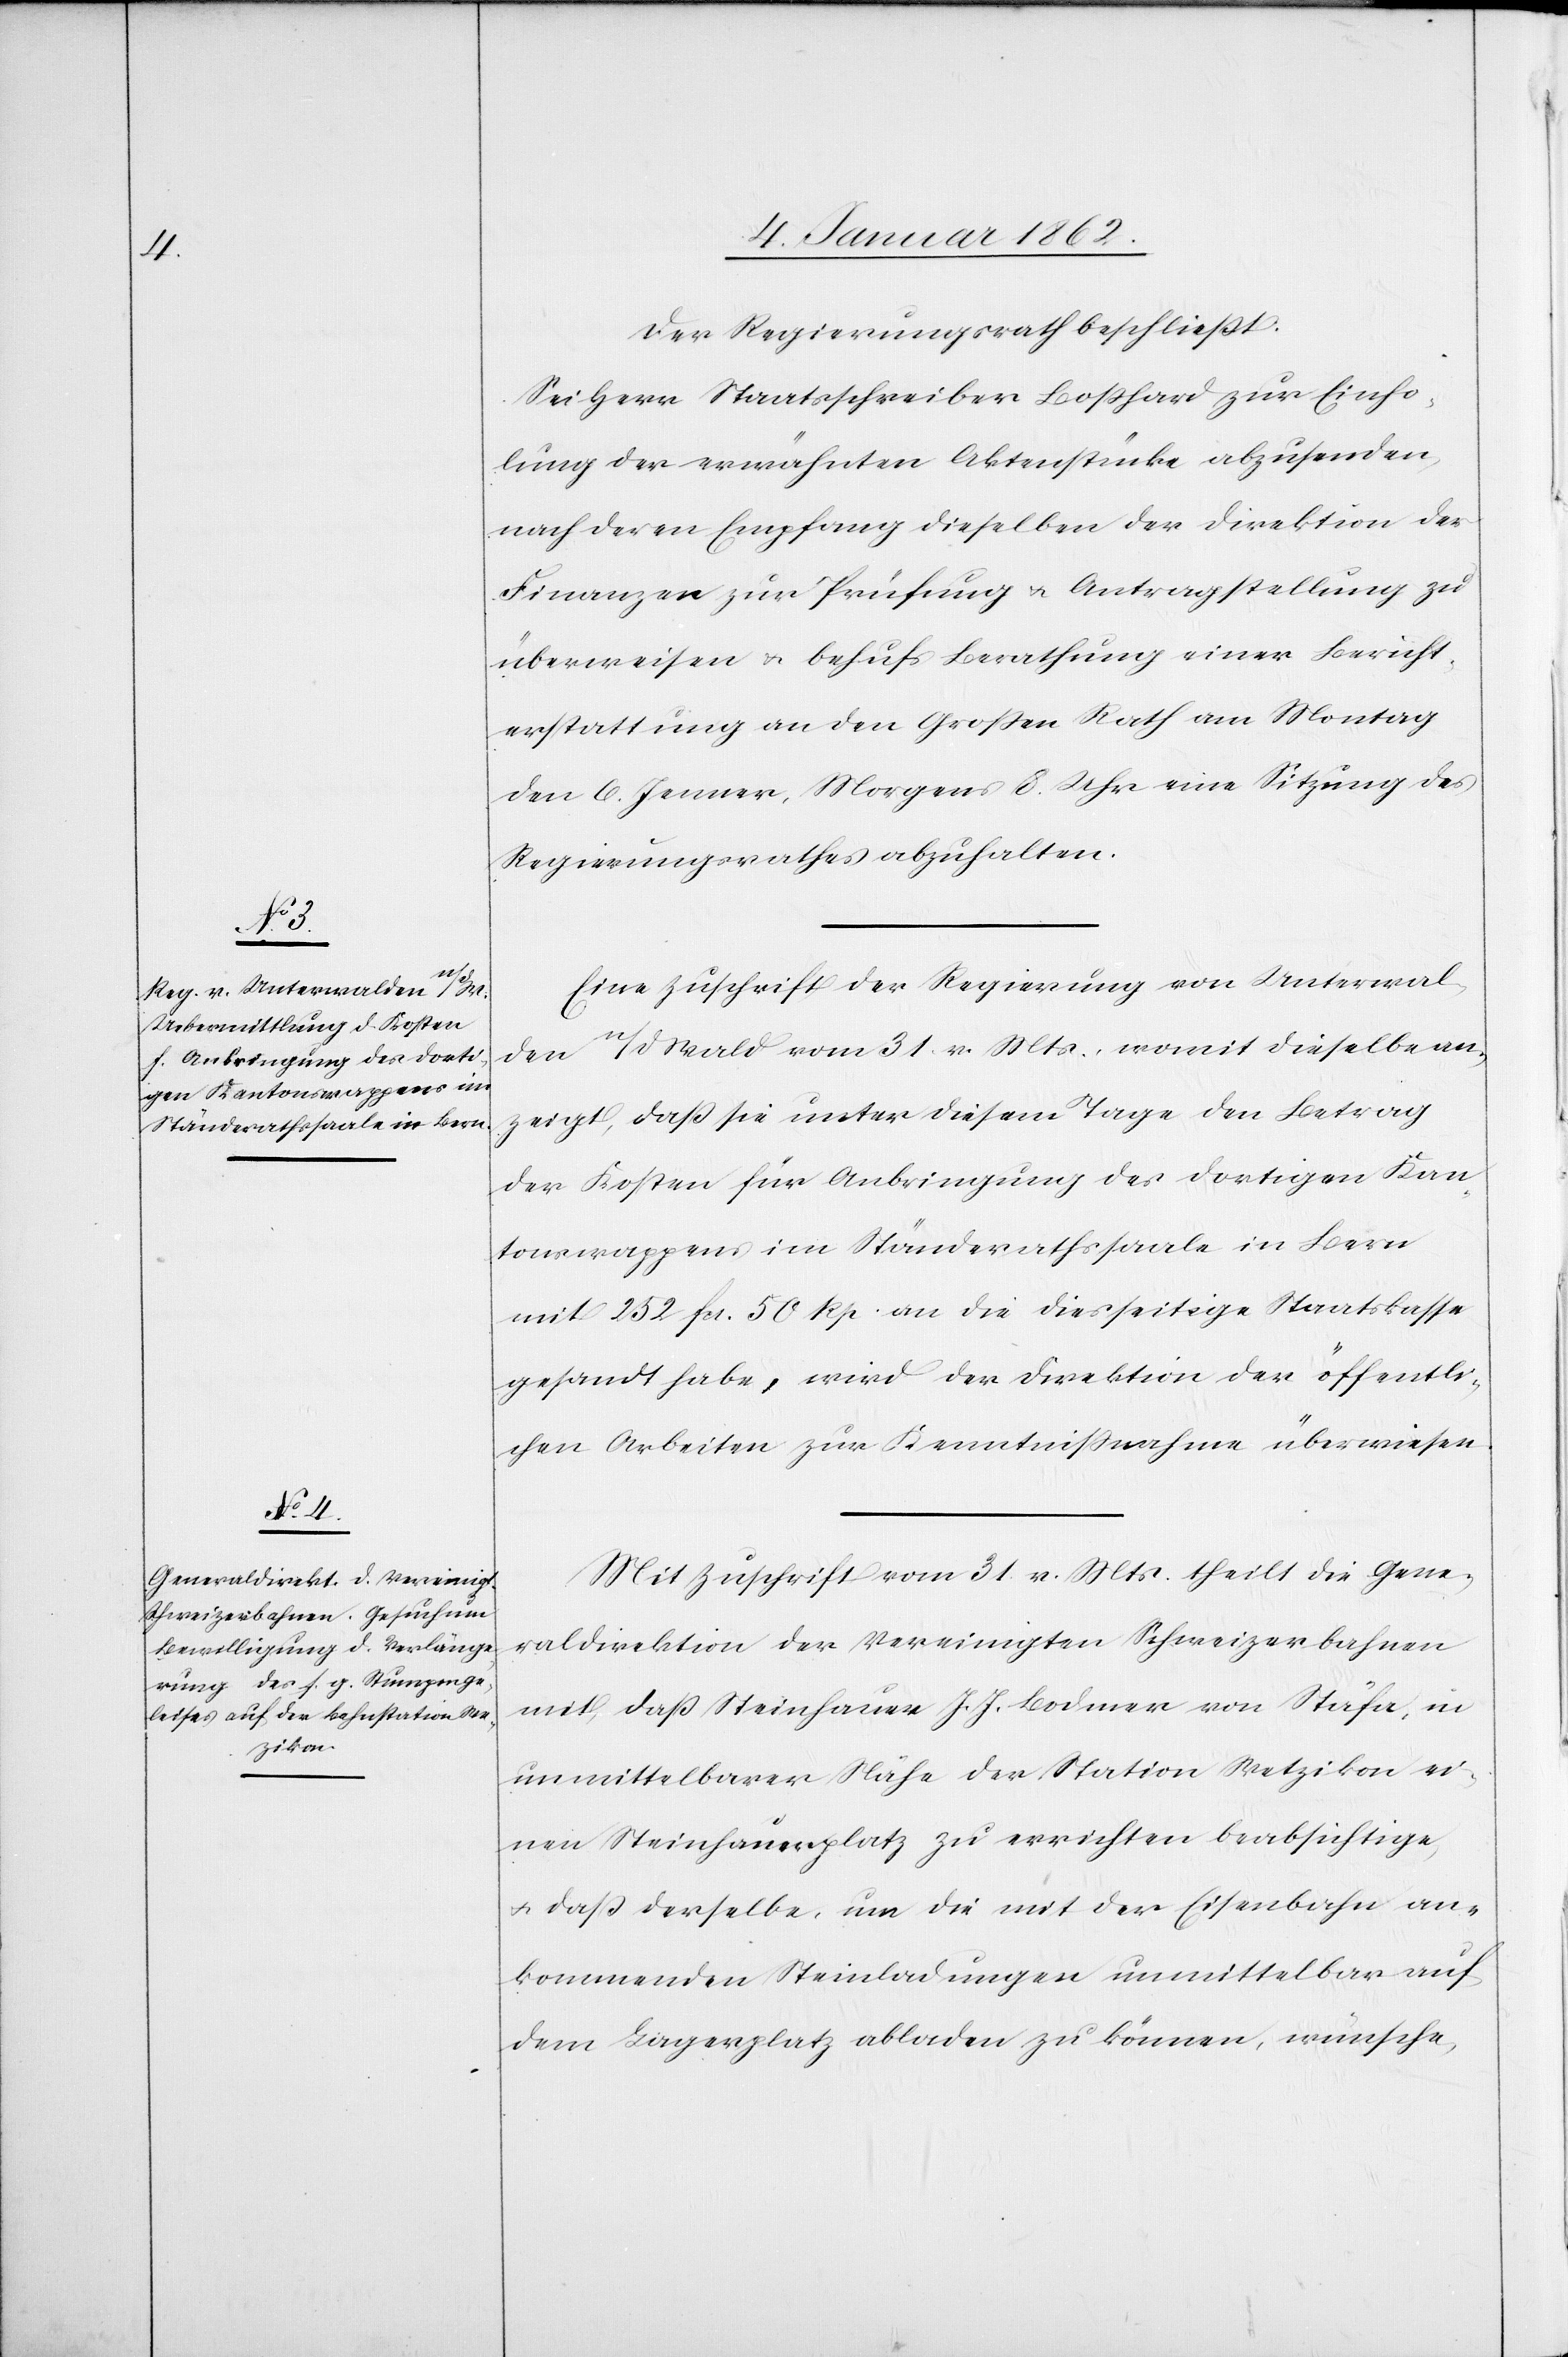
Der Regierungsrath beschließt:
Sei Herr Staatsschreiber Boßhard zur Einho¬
lung der erwähnten Aktenstücke abzusenden,
nach deren Empfang dieselben der Direktion der
Finanzen zur Prüfung u. Antragstellung zu
überweisen u. behufs Berathung einer Bericht¬
erstattung an den Großen Rath am Montag
den 6. Jenner, Morgens 8. Uhr eine Sitzung des
Regierungsrathes abzuhalten.
Eine Zuschrift der Regierung von Unterwal¬
den n/d Wald vom 31. v. Mts., womit dieselbe an¬
zeigt, daß sie unter diesem Tage den Betrag
der Kosten für Anbringung des dortigen Kan¬
tonswappens im Ständerathssaale in Bern
mit 252 fcs. 50 Rp. an die diesseitige Staatskasse
gesandt habe, wird der Direktion der öffentli¬
chen Arbeiten zur Kenntnißnahme überwiesen.
Mit Zuschrift vom 31. v. Mts. theilt die Gene¬
raldirektion der Vereinigten Schweizerbahnen
mit, daß Steinhauer J. J. Bodmer von Stäfa, in
unmittelbarer Nähe der Station Wetzikon ei¬
nen Steinhauerplatz zu errichten beabsichtige,
u. daß der selbe, um die mit der Eisenbahn an¬
kommenden Steinladungen unmittelbar auf
dem Lagerplatz abladen zu können, wünsche,